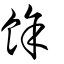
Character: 餘